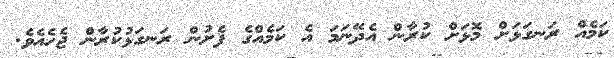
ކަމެއް ރަނގަޅަށް މޮޅަށް ކުރާން އެދޭނަމަ އެ ކަމެއްގެ ފެށުން ރަނގަޅުކުރާން ޖެހެއެވެ.